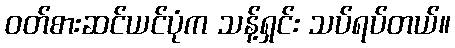
ဝတ်စားဆင်ယင်ပုံက သန့်ရှင်း သပ်ရပ်တယ်။